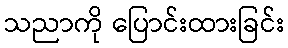
သညာကို ပြောင်းထားခြင်း